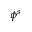
\phi ^ { s }